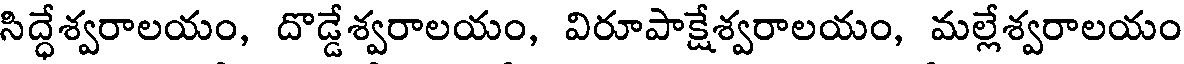
సిద్ధేశ్వరాలయం, దొడ్డేశ్వరాలయం, విరూపాక్షేశ్వరాలయం, మల్లేశ్వరాలయం